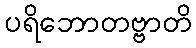
ပရိဘောတဗ္ဗာတိ